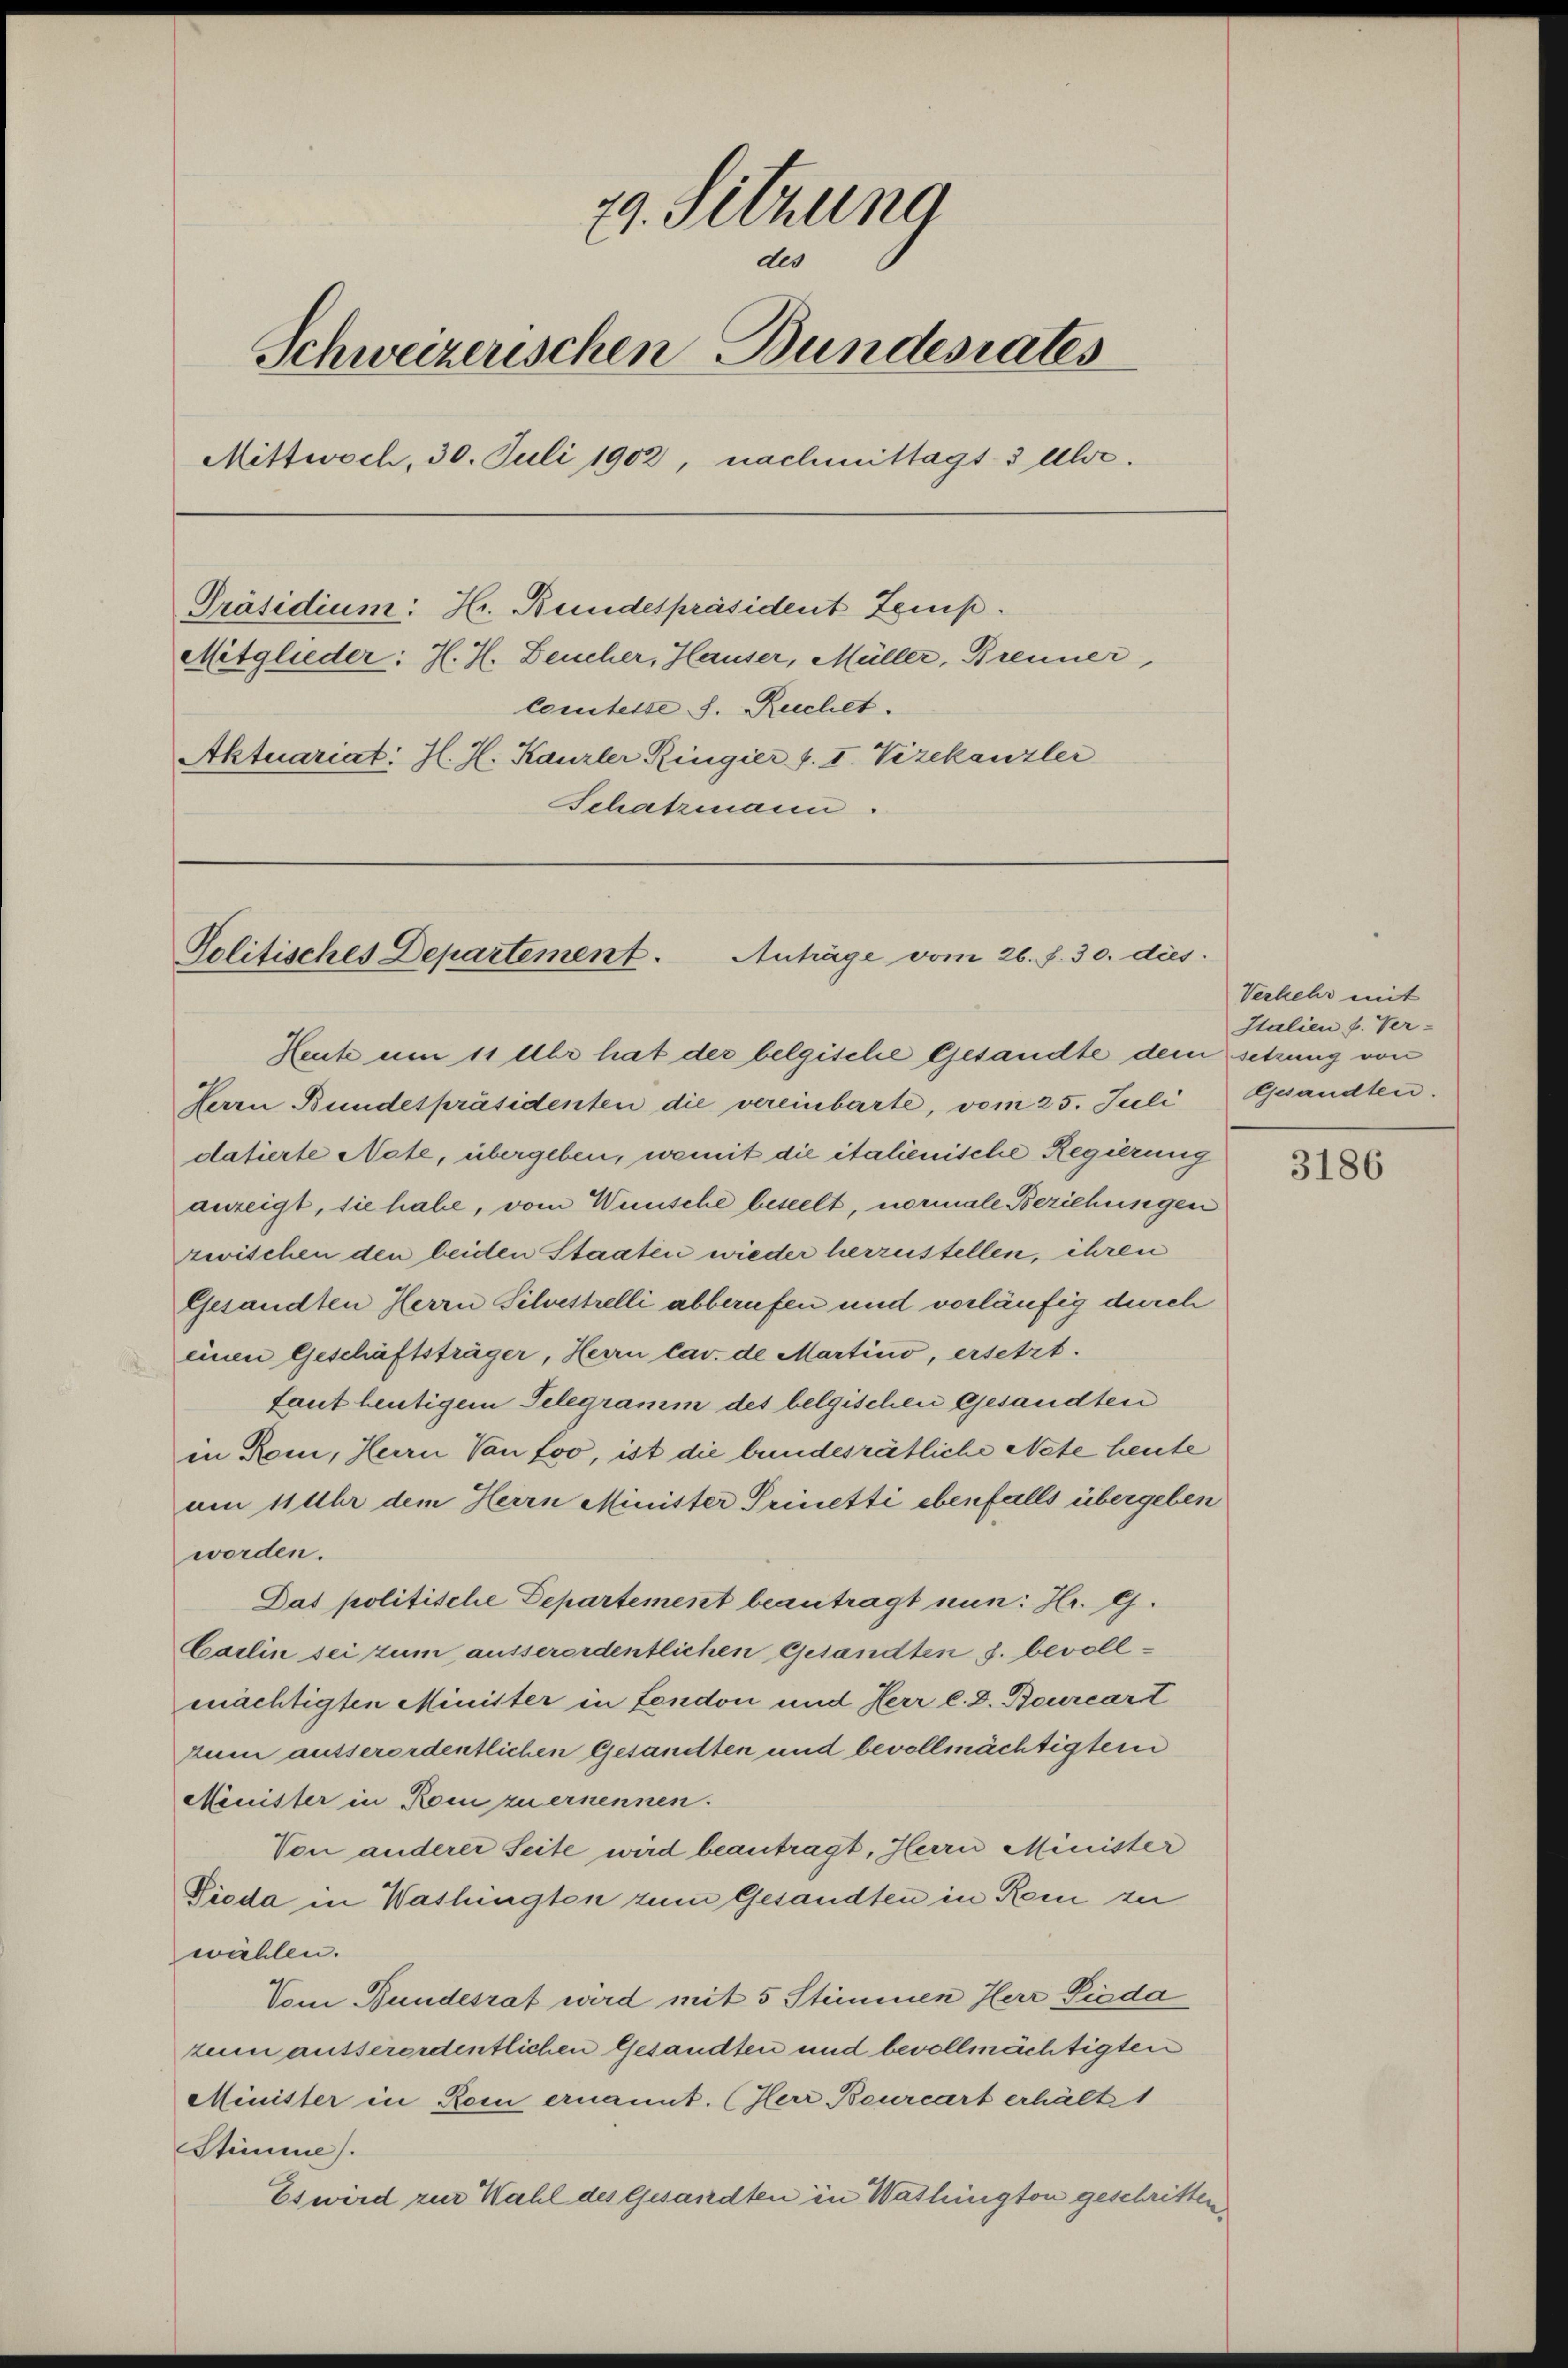
79. Setzung
der
Schweizerischen Bundesrates
Mittwoch, 30. Juli 1902, nachmittags 3 Uhr.
Präsidium: Hr. Bundespräsident Zeup.
Mitglieder: J. H. Deucher, Hauser, Müller, Brenner,
Comtesse s. Ruchet.
Aktuariat: H. H. Kanzler Ringier v. I. Vizekanzler
Schatzmann.

Politisches Departement. Anträge vom 26. f. 30. dies

Heute um 11 Uhr hat der belgische Gesandte dem setzung von

Herrn Bundespräsidenten die vereinbarte, vom 25. Juli
datierte Nate, übergeben, wemit die italienische Regierung
anzeigt, sie habe, vom Wünsche beseelt, normale Beziehungen
zwischen den beiden Staaten wieder herzustellen, ihren
Gesandten Herrn Silvestelli abberufen und vorläufig durch
einen Geschäftsträger, Herrn Cav. de Martino, ersetzt.
taut heutigem Telegramm des belgischen Gesandten
in Rom, Herrn Von foo, ist die bundesrätliche Nate heute
um 11 Uhr dem Herrn Minister Prinetti ebenfalls übergeben
worden.
Das politische Departement beantragt nun: Hr. G.
Carlin sei zum ausserordentlichen Gesandten s. bevollmächtigten Minister in Lendon und Herr l. D. Beurcart
zum ausserordentlichen Gesandten und bevollmächtigtem
Minister in Rom zu ernennen.
Von anderer Seite wird beantragt, Herrn Minister
Pioda in Washingten zum Gesandten in Rom zu
wählen.
Vom Bundesrat wird mit 5 Stimmen Herr Sieda
zem ausserordentlichen Gesandten und bevollmächtigten
Minister in Rom ernannt. (Herr Beurcart erhält 1
Stimme.
Es wird zur Wahl des Gesandten in Washington geschritten

Verkehr mit
Italien f. Ver-
Gesandten.

3186